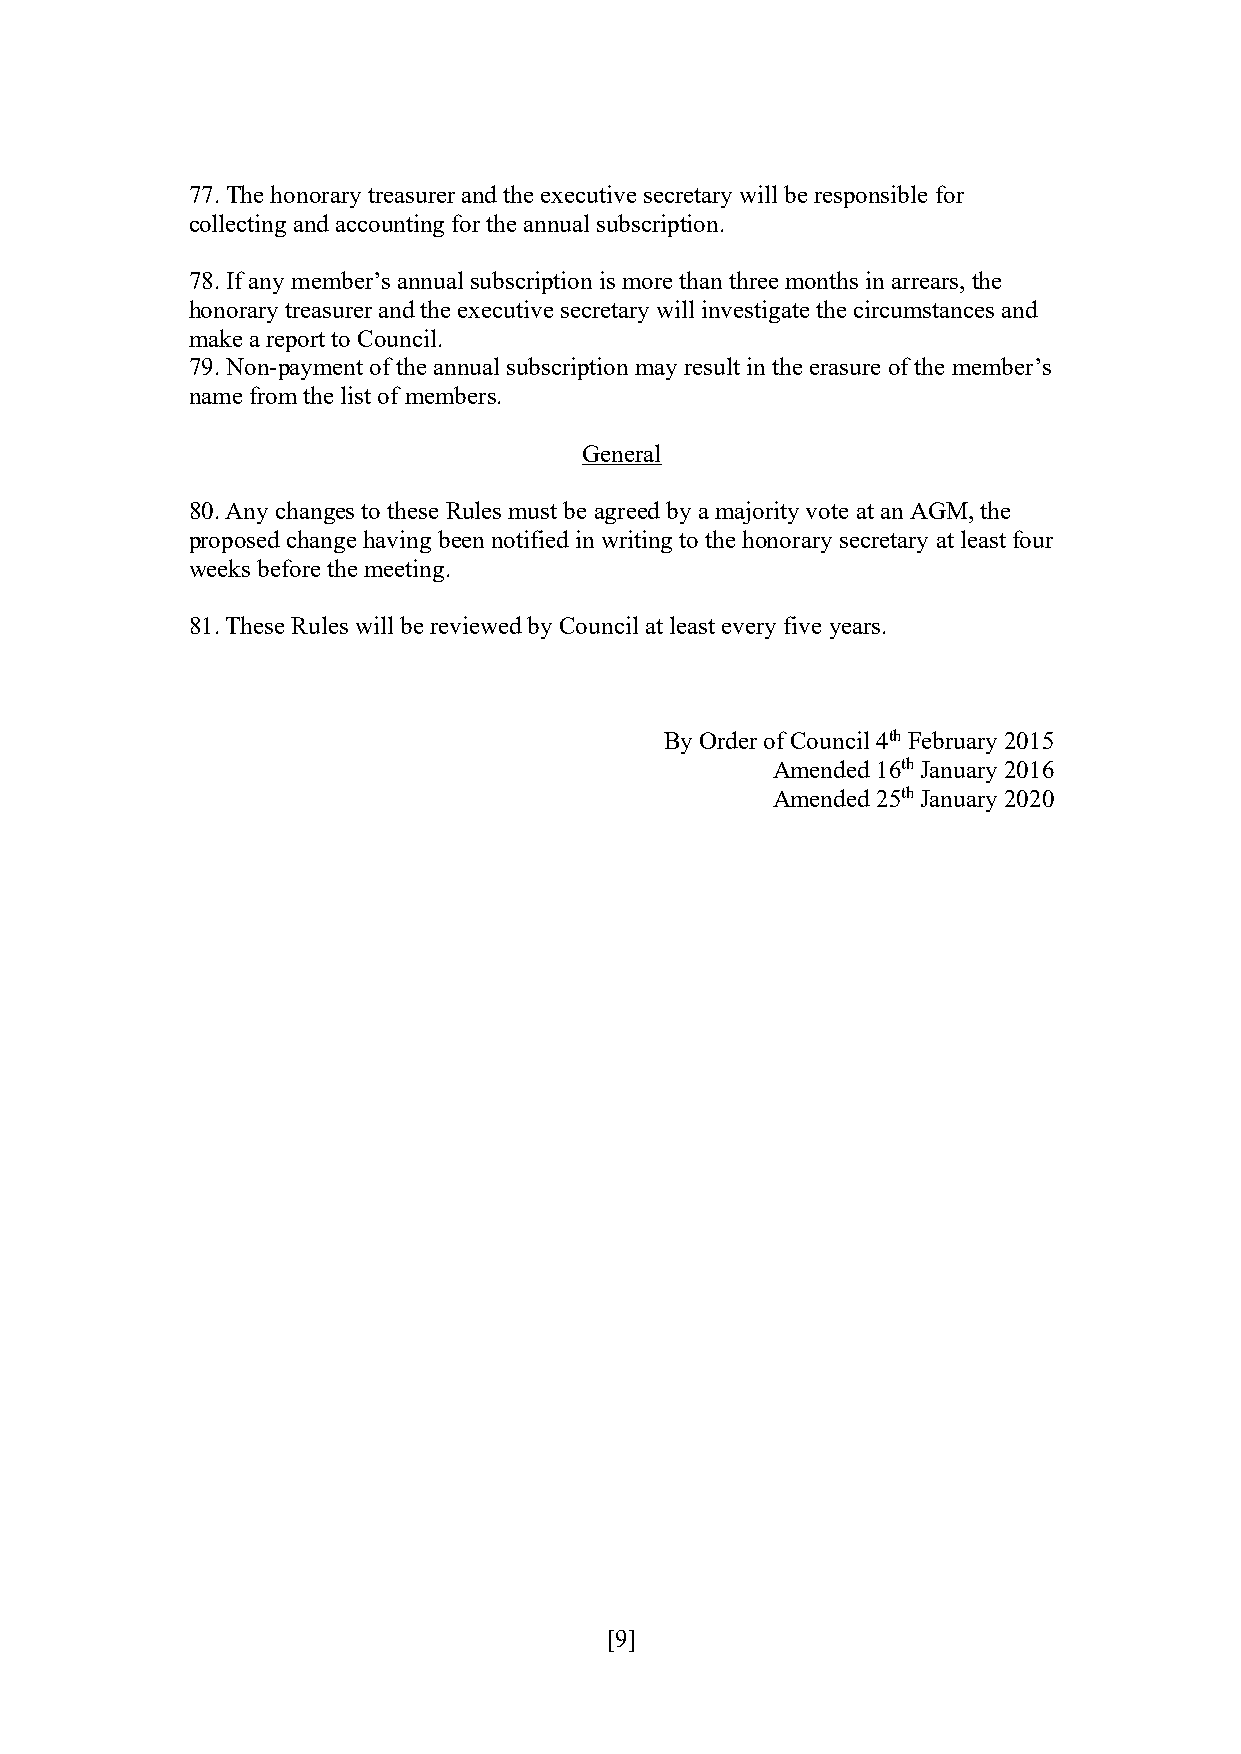
77. The honorary treasurer and the executive secretary will be responsible for
 collecting and accounting for the annual subscription.
 78. If any member’s annual subscription is more than three months in arrears, the
 honorary treasurer and the executive secretary will investigate the circumstances and
 make a report to Council.
 79. Non-payment of the annual subscription may result in the erasure of the member’s
 name from the list of members.
 General
 80. Any changes to these Rules must be agreed by a majority vote at an AGM, the
 proposed change having been notified in writing to the honorary secretary at least four
 weeks before the meeting.
 81. These Rules will be reviewed by Council at least every five years.
 By Order of Council 4th February 2015
 Amended 16th January 2016
 Amended 25th January 2020
 [9]